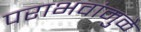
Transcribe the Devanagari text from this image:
पराभवांमुळे